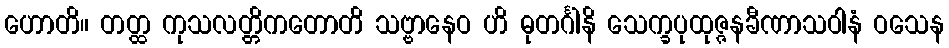
ဟောတိ။ တတ္ထ ကုသလတ္တိကတောတိ သဗ္ဗာနေဝ ဟိ ဓုတင်္ဂါနိ သေက္ခပုထုဇ္ဇနခီဏာသဝါနံ ဝသေန